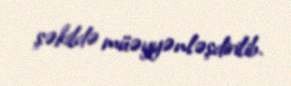
şəkildə müəyyənləşdirilib.